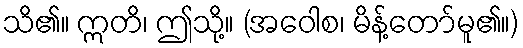
သိ၏။ ဣတိ၊ ဤသို့။ (အဝေါစ၊ မိန့်တော်မူ၏။)